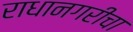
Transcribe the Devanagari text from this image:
राधानगरीचा